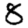
Digit: 8